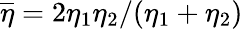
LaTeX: \overline{{\eta}}=2\eta_{1}\eta_{2}/(\eta_{1}+\eta_{2})